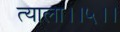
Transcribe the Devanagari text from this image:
त्याला।।५।।